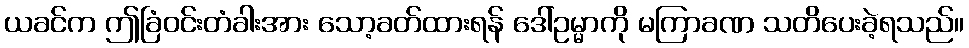
ယခင်က ဤခြံဝင်းတံခါးအား သော့ခတ်ထားရန် ဒေါ်ဥမ္မာကို မကြာခဏ သတိပေးခဲ့ရသည်။